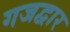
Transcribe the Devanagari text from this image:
गजद्वार